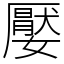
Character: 嬮